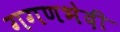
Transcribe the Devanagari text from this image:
गगणभेदी